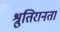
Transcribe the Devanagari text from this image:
श्रुतिरानता